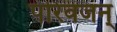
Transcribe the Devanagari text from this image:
परिवजन्